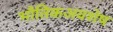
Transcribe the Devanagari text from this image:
भौतिकअवशेष